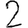
Digit: 2